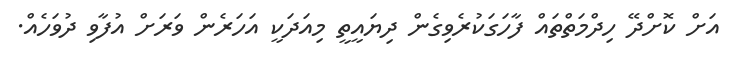
އަށް ކޮށްދޭ ހިދްމަތްތައް ފާހަގަކުރެވިގެން ދިޔައީތީ މިއަދަކީ އަހަރެން ވަރަށް އުފާވި ދުވަހެއް.